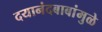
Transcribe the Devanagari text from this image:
दयानंदबाबांमुळे